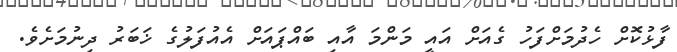
ފާޅުކޮށް ހެދުމަށްފަހު ގެއަށް އައީ މަންމަ އާއި ބައްޕައަށް އެއުފަލުގެ ޚަބަރު ދިނުމަށެވެ.